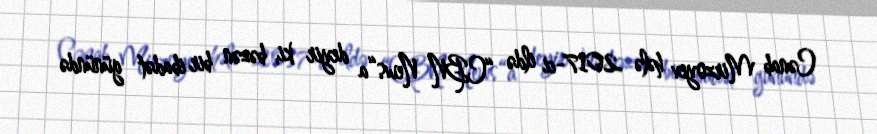
Cənab Mirzoyev hələ 2017-ci ildə “CBN News“a deyir ki, bəzən bir ibadət günündə